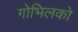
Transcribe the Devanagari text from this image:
गोभिलको